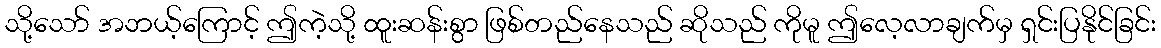
သို့သော် အဘယ့်ကြောင့် ဤကဲ့သို့ ထူးဆန်းစွာ ဖြစ်တည်နေသည် ဆိုသည် ကိုမူ ဤလေ့လာချက်မှ ရှင်းပြနိုင်ခြင်း